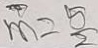
m = \frac { 5 } { 2 }